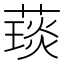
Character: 𦼓